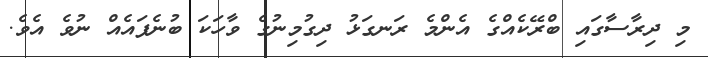
މި ދިރާސާގައި ބްރޭކެއްގެ އެންމެ ރަނގަޅު ދިގުމިނުގެ ވާހަކަ ބުނެފައެއް ނުވެ އެވެ.